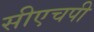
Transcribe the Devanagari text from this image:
सीएचपी